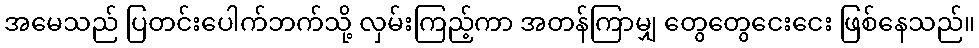
အမေသည် ပြတင်းပေါက်ဘက်သို့ လှမ်းကြည့်ကာ အတန်ကြာမျှ တွေတွေငေးငေး ဖြစ်နေသည်။